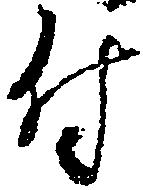
付